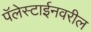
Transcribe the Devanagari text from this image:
पॅलेस्टाईनवरील